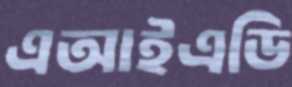
এআইএডি